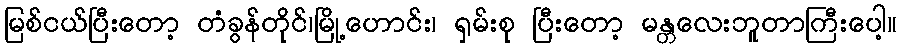
မြစ်ငယ်ပြီးတော့ တံခွန်တိုင်၊မြို့ဟောင်း၊ ရှမ်းစု ပြီးတော့ မန္တလေးဘူတာကြီးပေါ့။